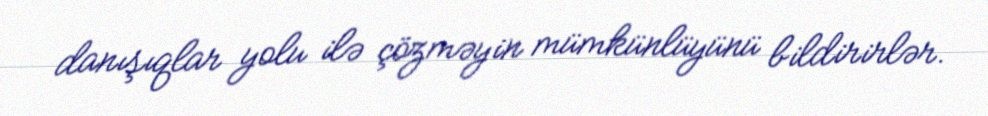
danışıqlar yolu ilə çözməyin mümkünlüyünü bildirirlər.